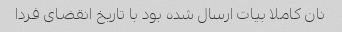
نان کاملا بیات ارسال شده بود با تاریخ انقضای فردا